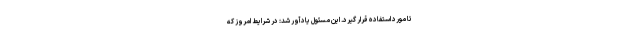
تا مورد استفاده قرار گیرد. این مسئول یادآور شد: در شرایط امروز که